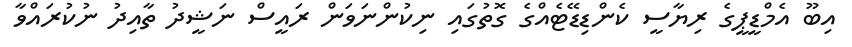
އިބޫ އެމްޑީޕީގެ ރިޔާސީ ކެންޑިޑޭޓެއްގެ ގޮތުގައި ނިކުންނަވަން ރައީސް ނަޝީދު ތާއިދު ނުކުރައްވާ